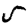
Digit: 5